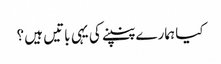
کیا ہمارے پنپنے کی یہی باتیں ہیں ؟